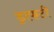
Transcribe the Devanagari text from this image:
ड्राफटी